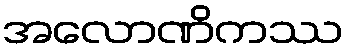
အလောဏိကဿ